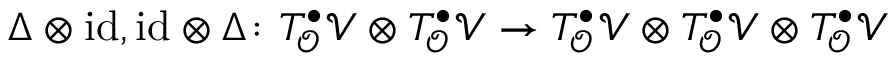
\Delta \otimes \mathrm { i d } , \mathrm { i d } \otimes \Delta \colon T _ { \mathcal { O } } ^ { \bullet } \mathcal { V } \otimes T _ { \mathcal { O } } ^ { \bullet } \mathcal { V } \rightarrow T _ { \mathcal { O } } ^ { \bullet } \mathcal { V } \otimes T _ { \mathcal { O } } ^ { \bullet } \mathcal { V } \otimes T _ { \mathcal { O } } ^ { \bullet } \mathcal { V }